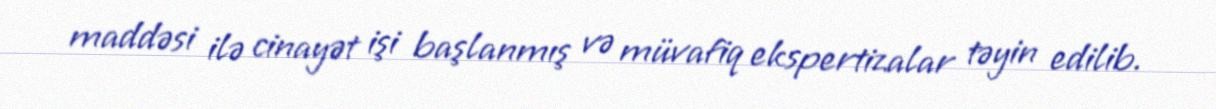
maddəsi ilə cinayət işi başlanmış və müvafiq ekspertizalar təyin edilib.